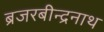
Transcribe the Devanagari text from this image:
ब्रजरबीन्द्रनाथ